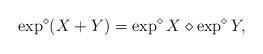
LaTeX: \begin{align*} \exp^{\diamond}(X + Y ) = \exp^{\diamond}X \diamond \exp^{\diamond}Y, \end{align*}